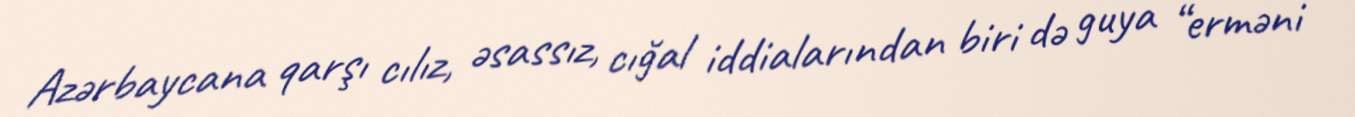
Azərbaycana qarşı cılız, əsassız, cığal iddialarından biri də guya “erməni